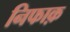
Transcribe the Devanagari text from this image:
निफाक़